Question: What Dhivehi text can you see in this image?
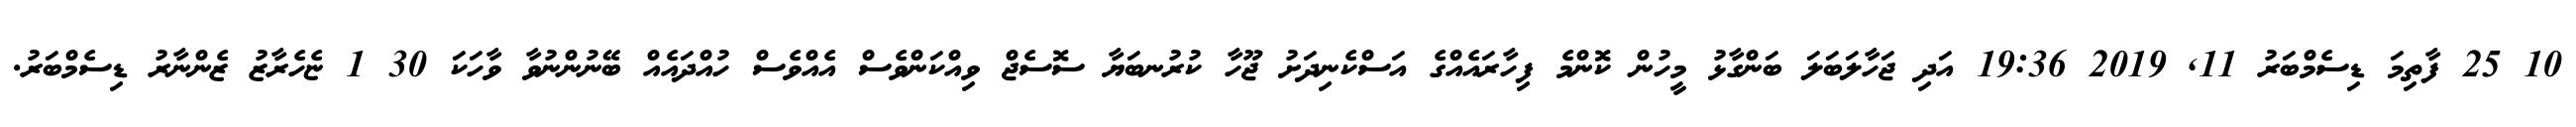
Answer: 10 25 ފާތިމަ ޑިސެމްބަރު 11, 2019 19:36 އަދި ޖަހާލަބަލަ ބަންގާޅު މީހުން ކޮންމެ ފިހާރައެއްގެ އަސްކެނިދަށު ޖޫހާ ކުރުނބަޔާ ސޮސެޖް ވިއްކަންވެސް އެއްވެސް ހުއްދައެއް ބޭނުންނުވާ ވާހަކަ 30 1 ޏެހެރާޒު ޒެންނާރު ޑިސެމްބަރު.